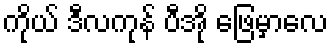
ကိုယ် ဒီလကုန် ပီအို ဖြေမှာလေ